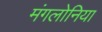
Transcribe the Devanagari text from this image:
मंगलोनिया